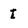
Character: t